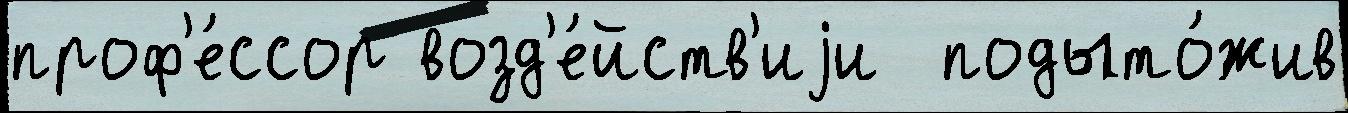
проф'е́ссор возд'е́йств'иjи  подыто́жив